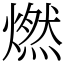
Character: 燃